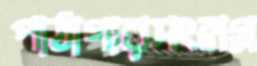
পাঠাগারসংলগ্ন